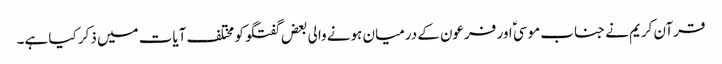
قرآن کریم نے جناب موسیؑ اور فرعون کے درمیان ہونے والی بعض گفتگو کو مختلف آیات میں ذکر کیا ہے۔